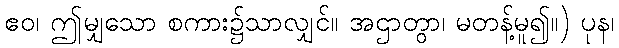
ဧဝ၊ ဤမျှသော စကား၌သာလျှင်။ အဌာတွာ၊ မတန့်မူ၍။) ပုန၊